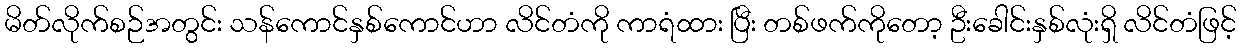
မိတ်လိုက်စဉ်အတွင်း သန်ကောင်နှစ်ကောင်ဟာ လိင်တံကို ကာရံထား ပြီး တစ်ဖက်ကိုတော့ ဦးခေါင်းနှစ်လုံးရှိ လိင်တံဖြင့်